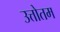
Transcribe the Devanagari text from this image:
उत्तोतम